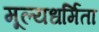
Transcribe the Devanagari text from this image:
मूल्यधर्मिता